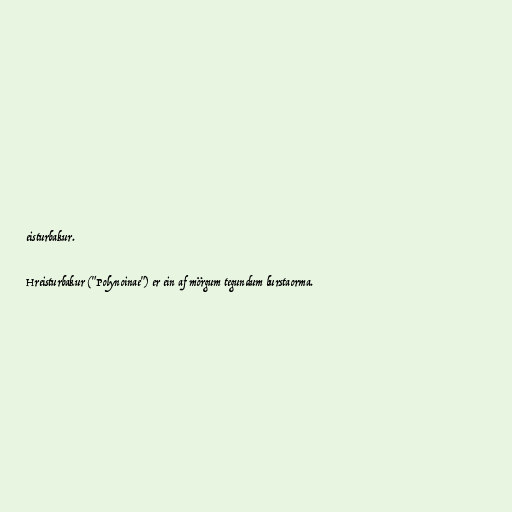
eisturbakur.

Hreisturbakur ("Polynoinae") er ein af mörgum tegundum burstaorma.